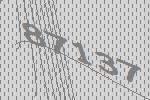
87137